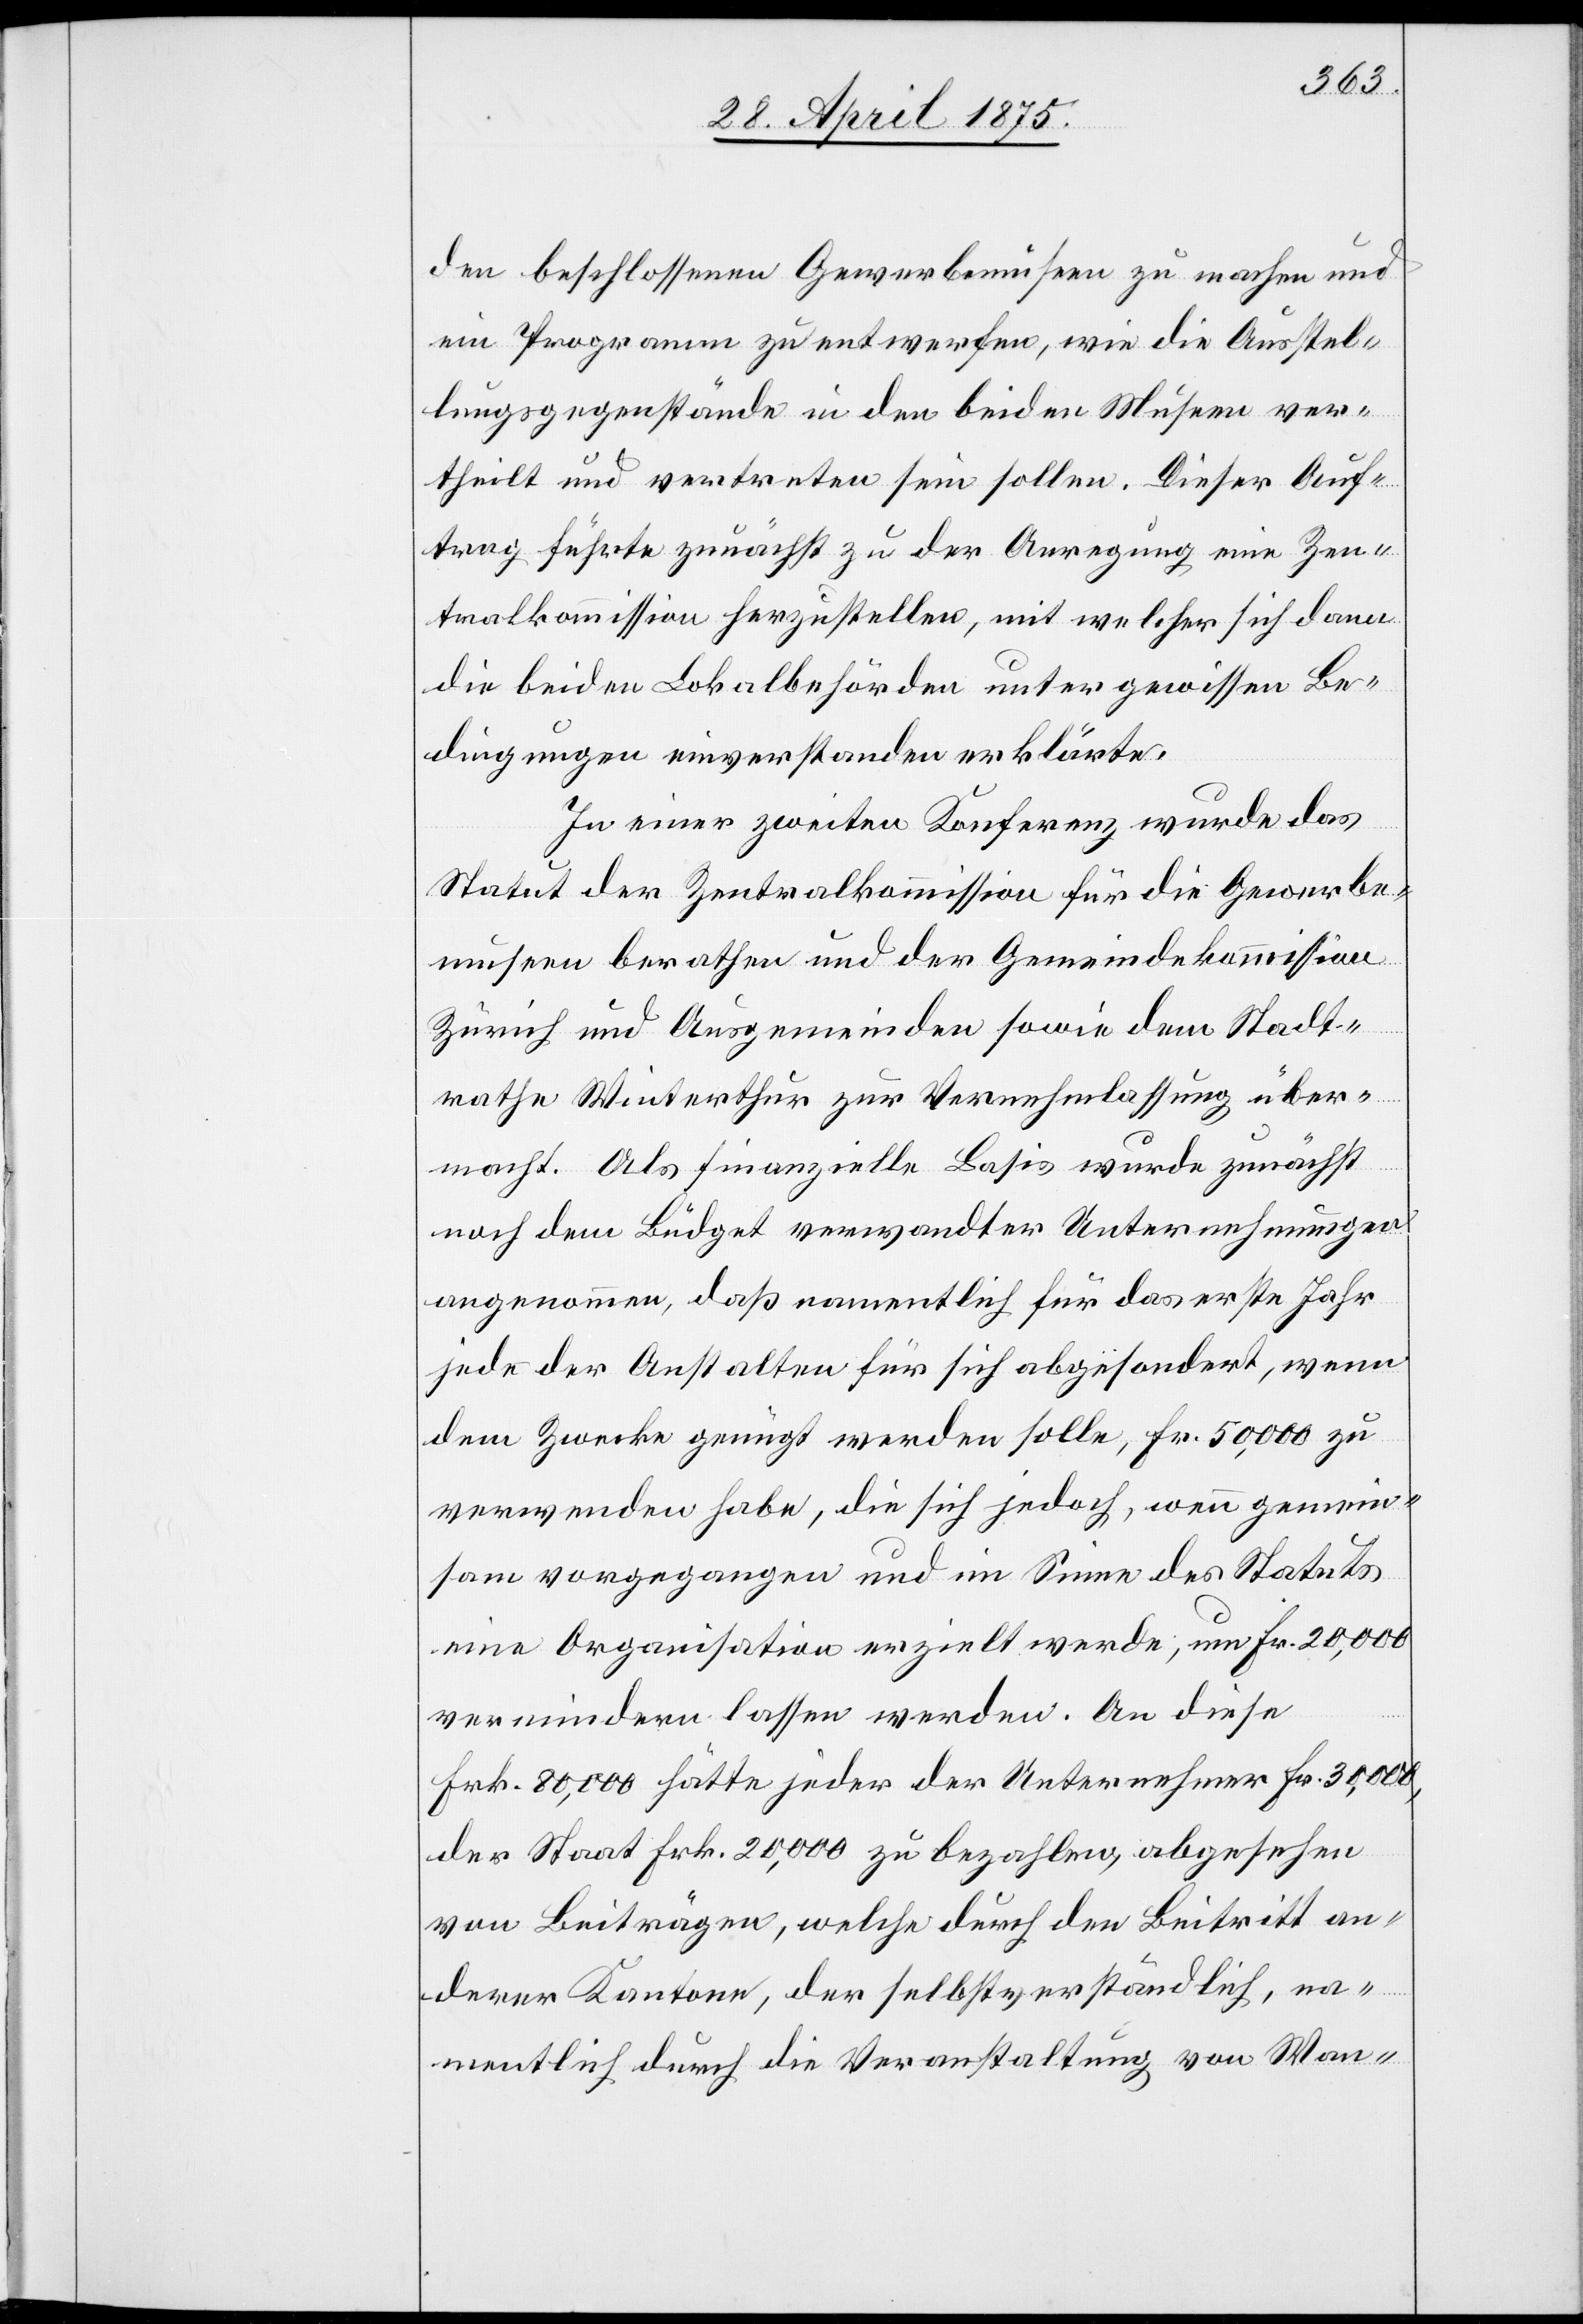
den beschlossenen Gewerbemuseen zu machen und
ein Programm zu entwerfen, wie die Ausstel¬
lungsgegenstände in den beiden Museen ver¬
theilt und vertreten sein sollen. Dieser Auf¬
trag führte zunächst zu der Anregung eine Zen¬
tralkommission herzustellen, mit welcher sich dann
die beiden Lokalbehörden unter gewissen Be¬
dingungen einverstanden erklärte.
In einer zweiten Konferenz wurde das
Statut der Zentralkommission für die Gewerbe¬
museen berathen und der Gemeindekommission
Zürich und Ausgemeinden sowie dem Stadt¬
rathe Winterthur zur Vernehmlassung über¬
macht. Als finanzielle Basis wurde zunächst
nach dem Büdget verwandter Unternehmungen
angenommen, daß namentlich für das erste Jahr
jede der Anstalten für sich abgesondert, wenn
dem Zwecke genügt werden solle, Fr. 50,000 zu
verwenden habe, die sich jedoch, wenn gemein¬
sam vorgegangen und im Sinne des Statuts
eine Organisation erzielt werde, um Fr. 20,000
vermindern lassen werde. An diese
Frk. 80,000 hätte jeder der Unternehmer Fr. 30,000,
der Staat Frk. 20,000 zu bezahlen, abgesehen
von Beiträgen, welche durch den Beitritt an¬
derer Kantone, der selbstverständlich, na¬
mentlich durch die Veranstaltung von Wan-